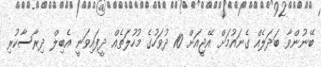
ބޭނުންވާ ބަދަލެއް ގެނައުމަށް އޭޖީއަށް 10 ދުވަހުގެ މުހުލަތެއް ދީފައިވަނީ އެބިލް ދިރާސާކުރި